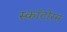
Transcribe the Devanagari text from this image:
स्कॉटोरम